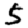
Digit: 5